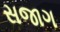
સજાગ